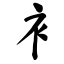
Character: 衤